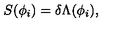
S ( \phi _ { i } ) = \delta \Lambda ( \phi _ { i } ) ,